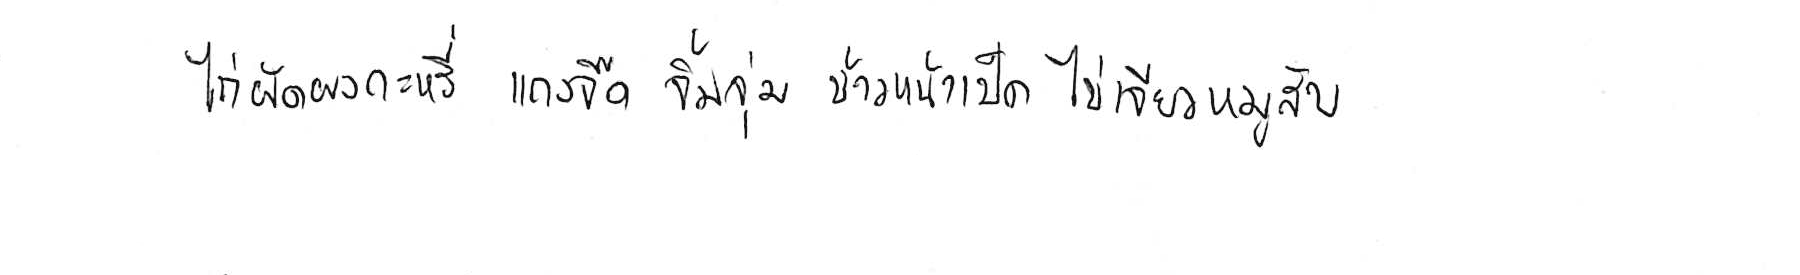
ไก่ผัดผงกะหรี่ แกงจืด จิ้มจุ่ม ข้าวหน้าเป็ด ไข่เจียวหมูสับ